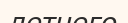
летнего